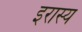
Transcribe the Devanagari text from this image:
इरास्य